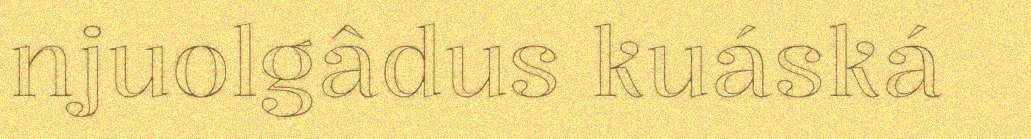
njuolgâdus kuáská